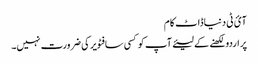
آئ ٹی دنیاڈاٹ کام
پر اردو لکھنے کے لیئےآپ کو کسی سافٹویر کی ضرورت نہیں۔